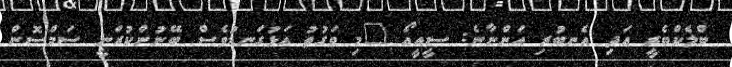
ބްލެކްބެރީ އަދި އެނބުރި އަންނާނެ: ސީއީއޯ "މި ވަގުތު އަޅުގަނޑުވެސް ބޭނުންކުރަނީ ސަމްސޮން